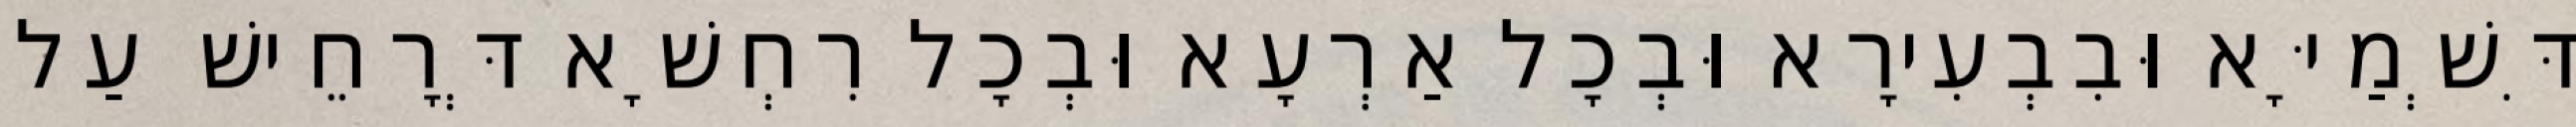
דִּשְׁמַיָּא וּבִבְעִירָא וּבְכָל אַרְעָא וּבְכָל רִחְשָׁא דְּרָחֵישׁ עַל